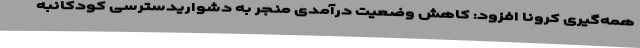
همه‌گیری کرونا افزود: کاهش وضعیت درآمدی منجر به دشواریدسترسی کودکانبه